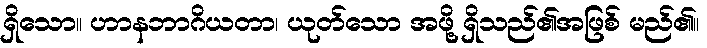
ရှိသော။ ဟာနဘာဂိယတာ၊ ယုတ်သော အဖို့ ရှိသည်၏အဖြစ် မည်၏။